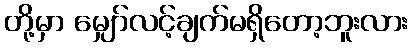
တို့မှာ မျှော်လင့်ချက်မရှိတော့ဘူးလား